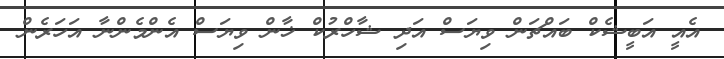
އެއީ އަބީޝެކް ބައްޗަން ވިޔަސް އަދި ޝާހްރުކް ޚާން ވިޔަސް އެންމެންނާ އަހަރެން